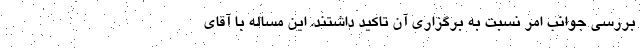
بررسی جوانب امر نسبت به برگزاری آن تاکید داشتند. این مساله با آقای